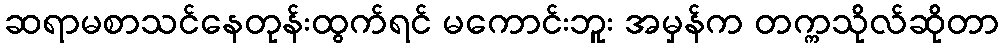
ဆရာမစာသင်နေတုန်းထွက်ရင် မကောင်းဘူး အမှန်က တက္ကသိုလ်ဆိုတာ